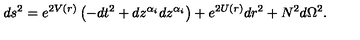
d s ^ { 2 } = e ^ { 2 V ( r ) } \left( - d t ^ { 2 } + d z ^ { \alpha _ { i } } d z ^ { \alpha _ { i } } \right) + e ^ { 2 U ( r ) } d r ^ { 2 } + N ^ { 2 } d \Omega ^ { 2 } .